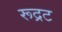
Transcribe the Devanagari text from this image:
रूद्रट